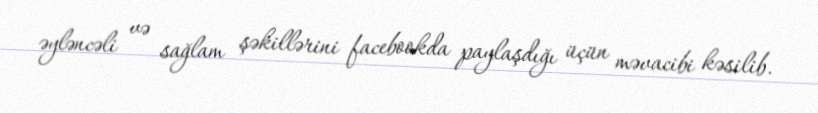
əyləncəli və sağlam şəkillərini facebookda paylaşdığı üçün məvacibi kəsilib.